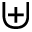
\uplus